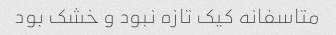
متاسفانه کیک تازه نبود و خشک بود